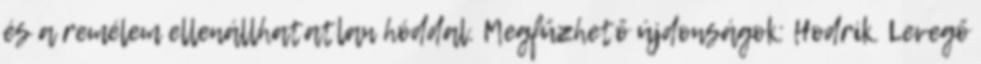
és a remélem ellenállhatatlan hóddal. Megfűzhető újdonságok: Hodrik. Levegő